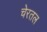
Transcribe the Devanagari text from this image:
चेरतल